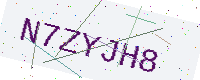
Text: N7ZYJH8